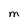
Character: M